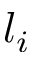
l _ { i }